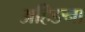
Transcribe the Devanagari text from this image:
अहिङना